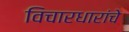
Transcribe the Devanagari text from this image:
विचारधारांचे